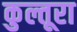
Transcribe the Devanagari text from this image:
कुल्तूरा